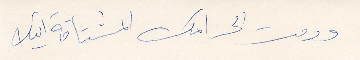
ودمت الى امك المشتاقة اليك